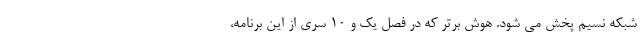
شبکه نسیم پخش می شود. هوش برتر که در فصل یک و ۱۰ سری از این برنامه،